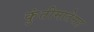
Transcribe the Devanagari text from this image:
कुंतीमातेसह